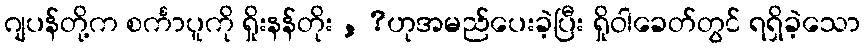
ဂျပန်တို့က စင်္ကာပူကို ရှိုးနန်တိုး , ?ဟုအမည်ပေးခဲ့ပြီး ရှိုဝါခေတ်တွင် ရရှိခဲ့သော